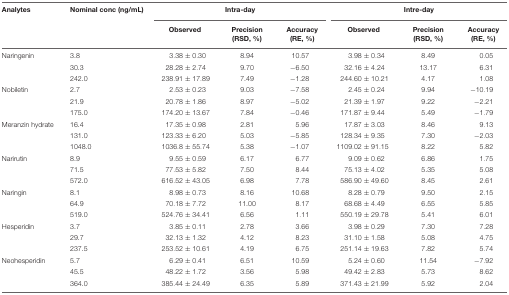
<table><thead><tr><td><b>Analytes</b></td><td><b>Nominal conc (ng/mL)</b></td><td colspan="3"><b>Intra-day</b></td><td colspan="3"><b>Intre-day</b></td></tr><tr><td></td><td></td><td><b>Observed</b></td><td><b>Precision (RSD, %)</b></td><td><b>Accuracy (RE, %)</b></td><td><b>Observed</b></td><td><b>Precision (RSD, %)</b></td><td><b>Accuracy (RE, %)</b></td></tr></thead><tbody><tr><td>Naringenin</td><td>3.8</td><td>3.38 ± 0.30</td><td>8.94</td><td>10.57</td><td>3.98 ± 0.34</td><td>8.49</td><td>0.05</td></tr><tr><td></td><td>30.3</td><td>28.28 ± 2.74</td><td>9.70</td><td>-6.50</td><td>32.16 ± 4.24</td><td>13.17</td><td>6.31</td></tr><tr><td></td><td>242.0</td><td>238.91 ± 17.89</td><td>7.49</td><td>-1.28</td><td>244.60 ± 10.21</td><td>4.17</td><td>1.08</td></tr><tr><td>Nobiletin</td><td>2.7</td><td>2.53 ± 0.23</td><td>9.03</td><td>-7.58</td><td>2.45 ± 0.24</td><td>9.94</td><td>-10.19</td></tr><tr><td></td><td>21.9</td><td>20.78 ± 1.86</td><td>8.97</td><td>-5.02</td><td>21.39 ± 1.97</td><td>9.22</td><td>-2.21</td></tr><tr><td></td><td>175.0</td><td>174.20 ± 13.67</td><td>7.84</td><td>-0.46</td><td>171.87 ± 9.44</td><td>5.49</td><td>-1.79</td></tr><tr><td>Meranzin hydrate</td><td>16.4</td><td>17.35 ± 0.98</td><td>2.81</td><td>5.96</td><td>17.87 ± 3.03</td><td>8.46</td><td>9.13</td></tr><tr><td></td><td>131.0</td><td>123.33 ± 6.20</td><td>5.03</td><td>-5.85</td><td>128.34 ± 9.35</td><td>7.30</td><td>-2.03</td></tr><tr><td></td><td>1048.0</td><td>1036.8 ± 55.74</td><td>5.38</td><td>-1.07</td><td>1109.02 ± 91.15</td><td>8.22</td><td>5.82</td></tr><tr><td>Narirutin</td><td>8.9</td><td>9.55 ± 0.59</td><td>6.17</td><td>6.77</td><td>9.09 ± 0.62</td><td>6.86</td><td>1.75</td></tr><tr><td></td><td>71.5</td><td>77.53 ± 5.82</td><td>7.50</td><td>8.44</td><td>75.13 ± 4.02</td><td>5.35</td><td>5.08</td></tr><tr><td></td><td>572.0</td><td>616.52 ± 43.05</td><td>6.98</td><td>7.78</td><td>586.90 ± 49.60</td><td>8.45</td><td>2.61</td></tr><tr><td>Naringin</td><td>8.1</td><td>8.98 ± 0.73</td><td>8.16</td><td>10.68</td><td>8.28 ± 0.79</td><td>9.50</td><td>2.15</td></tr><tr><td></td><td>64.9</td><td>70.18 ± 7.72</td><td>11.00</td><td>8.17</td><td>68.68 ± 4.49</td><td>6.55</td><td>5.85</td></tr><tr><td></td><td>519.0</td><td>524.76 ± 34.41</td><td>6.56</td><td>1.11</td><td>550.19 ± 29.78</td><td>5.41</td><td>6.01</td></tr><tr><td>Hesperidin</td><td>3.7</td><td>3.85 ± 0.11</td><td>2.78</td><td>3.66</td><td>3.98 ± 0.29</td><td>7.30</td><td>7.28</td></tr><tr><td></td><td>29.7</td><td>32.13 ± 1.32</td><td>4.12</td><td>8.23</td><td>31.10 ± 1.58</td><td>5.08</td><td>4.75</td></tr><tr><td></td><td>237.5</td><td>253.52 ± 10.61</td><td>4.19</td><td>6.75</td><td>251.14 ± 19.63</td><td>7.82</td><td>5.74</td></tr><tr><td>Neohesperidin</td><td>5.7</td><td>6.29 ± 0.41</td><td>6.51</td><td>10.59</td><td>5.24 ± 0.60</td><td>11.54</td><td>-7.92</td></tr><tr><td></td><td>45.5</td><td>48.22 ± 1.72</td><td>3.56</td><td>5.98</td><td>49.42 ± 2.83</td><td>5.73</td><td>8.62</td></tr><tr><td></td><td>364.0</td><td>385.44 ± 24.49</td><td>6.35</td><td>5.89</td><td>371.43 ± 21.99</td><td>5.92</td><td>2.04</td></tr></tbody></table>